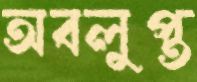
অবলুপ্ত